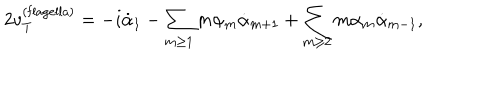
2 v _ { T } ^ { ( \mathrm { f l a g e l l a ) } } = - i \dot { \alpha } _ { 1 } - \sum _ { m \geq 1 } m \alpha _ { m } \dot { \alpha } _ { m + 1 } + \sum _ { m \geq 2 } m \alpha _ { m } \dot { \alpha } _ { m - 1 } ,